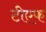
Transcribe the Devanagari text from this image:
टीएफ